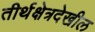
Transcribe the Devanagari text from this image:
तीर्थक्षेत्रदेखील